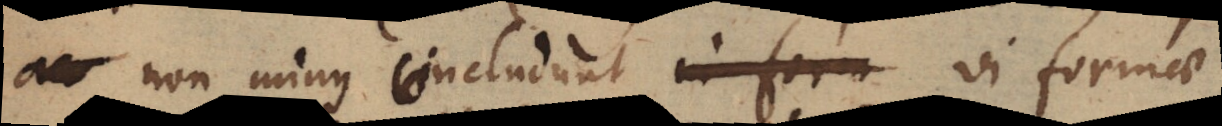
_ non minus concludunt in form vi formae